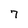
Character: 7